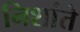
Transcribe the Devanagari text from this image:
निशांते